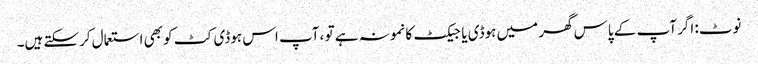
نوٹ: اگر آپ کے پاس گھر میں ہوڈی یا جیکٹ کا نمونہ ہے تو ، آپ اس ہوڈی کٹ کو بھی استعمال کرسکتے ہیں۔